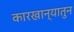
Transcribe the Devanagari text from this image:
कारखान्यातुन